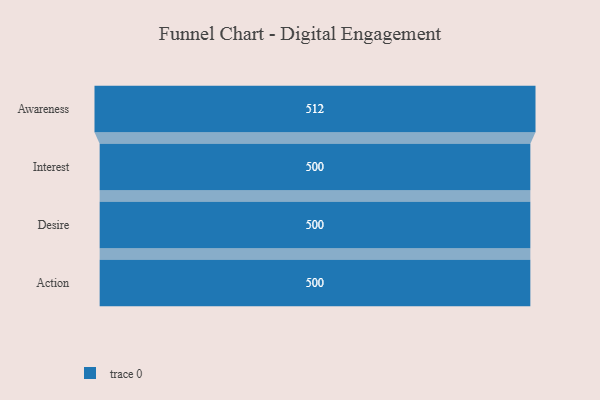
{"axis": {"x": "Stage", "y": "Value"}, "legend": [""], "data": [{"x": "Awareness", "y": 512.0, "type": ""}, {"x": "Interest", "y": 500, "type": ""}, {"x": "Desire", "y": 500, "type": ""}, {"x": "Action", "y": 500, "type": ""}]}